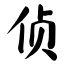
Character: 侦